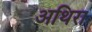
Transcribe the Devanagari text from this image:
अथिरा